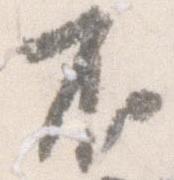
不